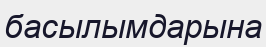
басылымдарына